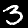
Label: 3